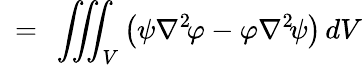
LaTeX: \displaystyle\ =\ \iiint_{V}\left(\psi\nabla^{2}\! \varphi-\varphi\nabla^{2}\! \psi\right)\, dV